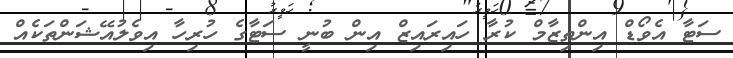
ސަޓާ އެވޯޑް އިންތިޒާމް ކުރާ ހައިރައިޒް އިން ބުނީ ސަޓާގެ ހުރިހާ އިވެލުއޭޝަންތަކެއް